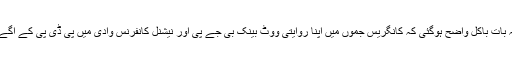
اس طرح سے یہ بات باکل واضح ہوگئی کہ کانگریس جموں میں اپنا روایتی ووٹ بینک بی جے پی اور نیشنل کانفرنس وادی میں پی ڈی پی کے آگے گنوا بیٹھی ہے۔